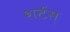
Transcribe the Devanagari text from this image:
शर्टस्